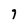
Character: 7